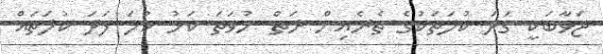
ޖަވާބަކީ ގަދަ ކުލަތަކުގެ ތެރެއިން ރަތް ނުވަތަ ކަޅު ކުލަ ފަދަ ކުލަތައް